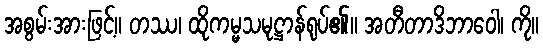
အစွမ်းအားဖြင့်။ တဿ၊ ထိုကမ္မသမုဋ္ဌာန်ရုပ်၏။ အတီတာဒိဘာဝေါ၊ ကို။